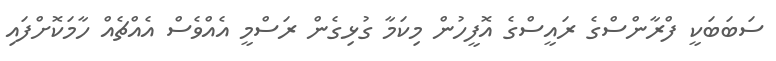
ސަބަބަކީ ފްރާންސްގެ ރައީސްގެ އޮފީހުން މިކަމާ ގުޅިގެން ރަސްމީ އެއްވެސް އެއްޗެއް ހާމަކޮށްފައި